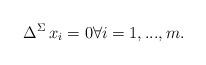
LaTeX: \begin{align*}\Delta^{\Sigma}\, x_i=0 \forall i=1,...,m.\end{align*}